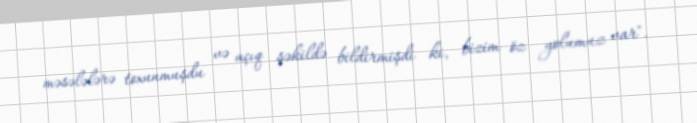
məsələlərə toxunmuşdu və açıq şəkildə bildirmişdi ki, bizim öz yolumuz var".